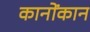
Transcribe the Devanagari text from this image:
कानोंकान